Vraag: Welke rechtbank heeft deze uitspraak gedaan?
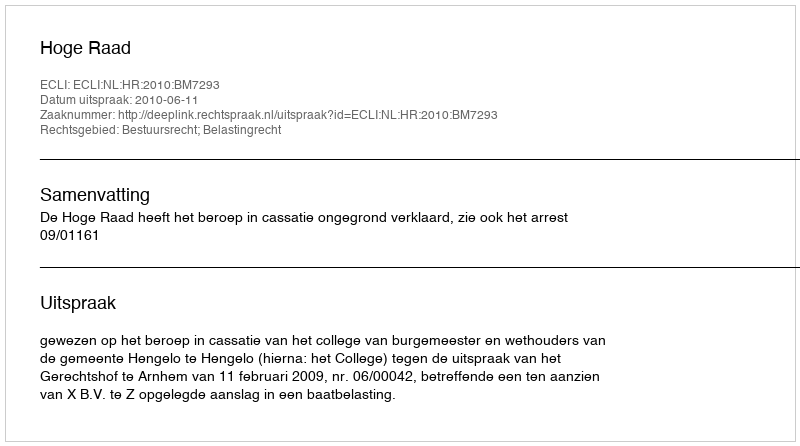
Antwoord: Hoge Raad